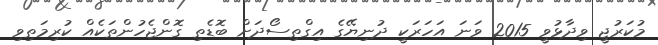
މުކަރުޖީ ވިދާޅުވީ 2015 ވަނަ އަހަރަކީ ދުނިޔޭގެ އިގްތިސޯދަށް ބޮޑެތި ގޮންޖެހުންތަކެއް ކުރިމަތިވި